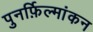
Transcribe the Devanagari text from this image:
पुनर्फ़िल्मांकन